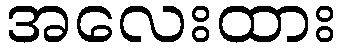
အလေးထား